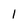
Character: 1